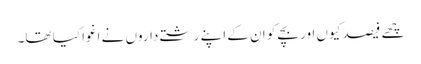
چھے فیصد کیوں اور بچے کو ان کے اپنے رشتے داروں نے اغوا کیا تھا۔